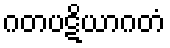
ဂတပဋိယာဂတံ